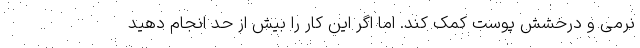
نرمی و درخشش پوست کمک کند. اما اگر این کار را بیش از حد انجام دهید